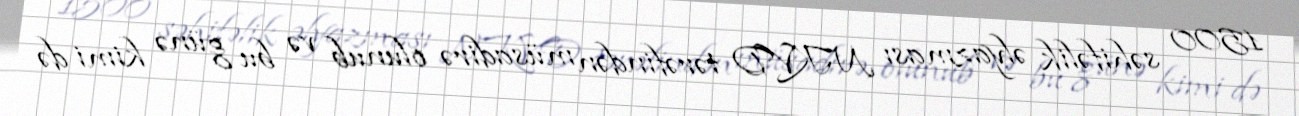
1500 səhifəlik əlyazması NKVD tərəfindən müsadirə olunub və bu günə kimi də